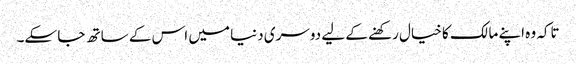
تاکہ وہ اپنے مالک کا خیال رکھنے کے لیے دوسری دنیا میں اس کے ساتھ جا سکے۔